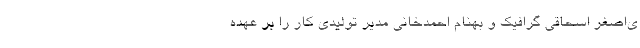
ی‌اصغر اسحاقی گرافیک و بهنام احمدخانی مدیر تولیدی کار را بر عهده